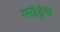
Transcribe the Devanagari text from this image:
मोड्रिच